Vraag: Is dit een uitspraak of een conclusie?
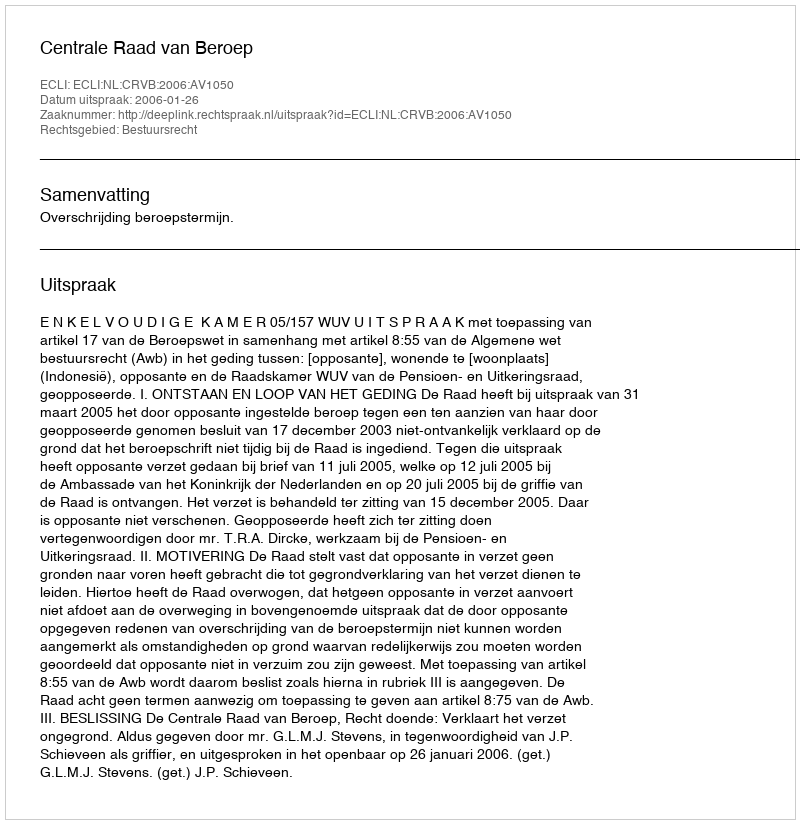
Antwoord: Uitspraak